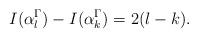
LaTeX: \begin{align*} I(\alpha_{l}^{\Gamma})-I( \alpha_{k}^{\Gamma})=2(l-k).\end{align*}